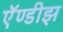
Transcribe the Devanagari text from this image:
ऍण्डीझ